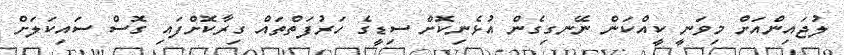
ލުޖައިންއަށް މިވަނީ ކީއްކަން ނޭނގިގެން އުޅެނިކޮށް ސިޑީގެ ހަރުފަތްތައް ގިރާކޮށްފައި ގޮސް ސައިކަލަށް